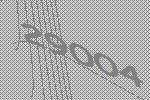
29004